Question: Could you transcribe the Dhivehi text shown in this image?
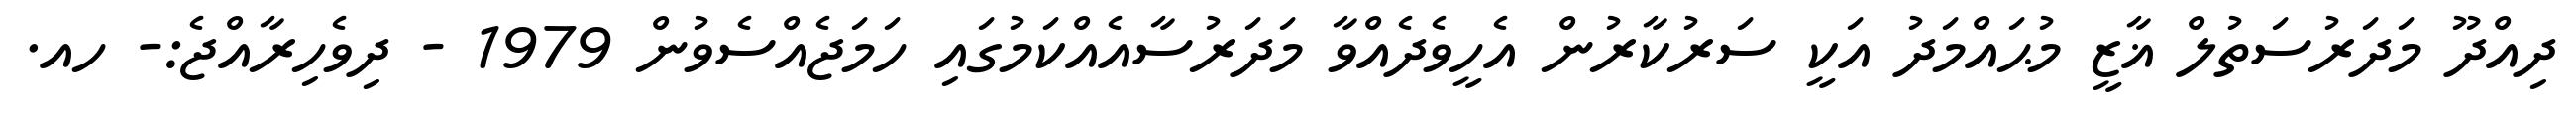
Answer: ދިއްދޫ މަދަރުސަތުލް ޣާޒީ މުޙައްމަދު އަކީ ސަރުކާރުން އެހީވެދެއްވާ މަދަރުސާއެއްކަމުގައި ހަމަޖެއްސެވުން 1979 - ދިވެހިރާއްޖެ:- ހއ.